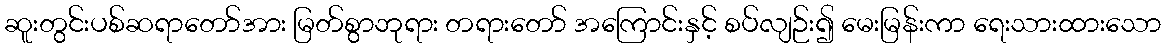
ဆူးတွင်းပစ်ဆရာတော်အား မြတ်စွာဘုရား တရားတော် အကြောင်းနှင့် စပ်လျဉ်း၍ မေးမြန်းကာ ရေးသားထားသော